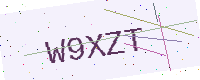
Text: W9XZT